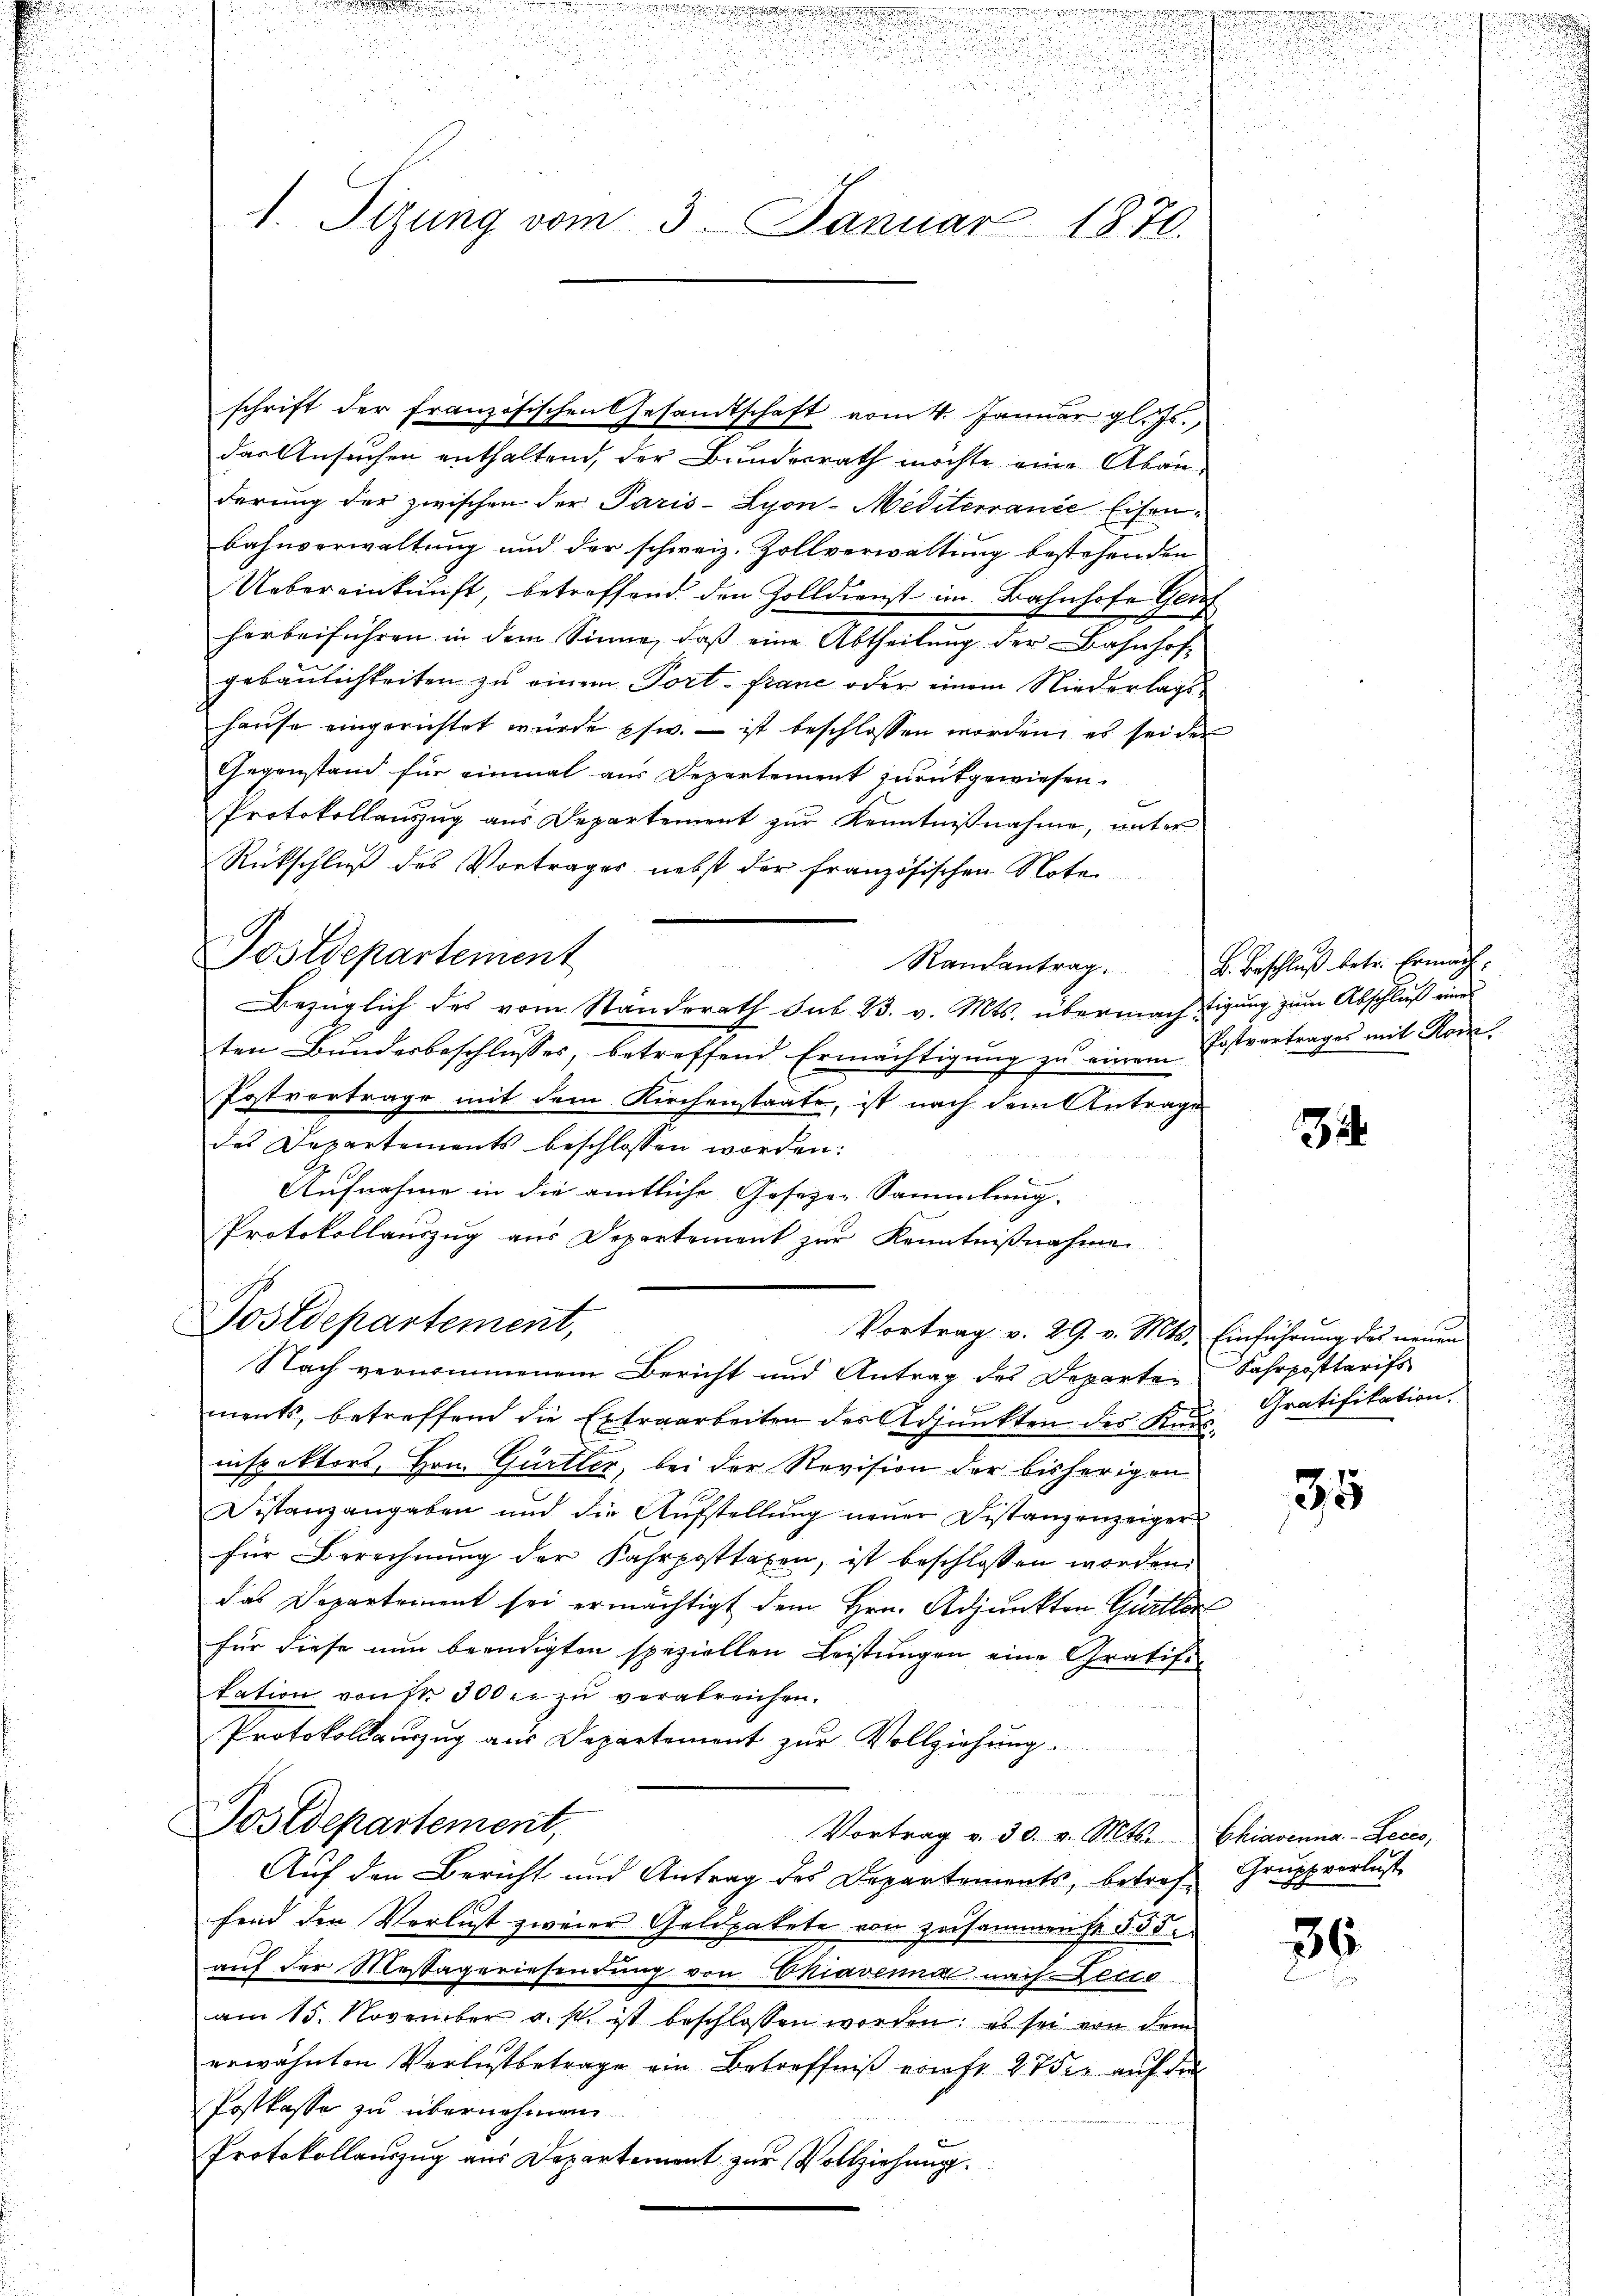
2
i
1. Tizung vom 3. Januar 1870.

das Ansuchen enthaltend, der Bundesrath möchte eine Abänderung der zwischen der Paris - Lyon-Mediterranze Eisenbahnverwaltung und der schweiz. Zollverwaltung bestehenden
Uebereinkunft, betreffend den Zolldienst im Bahnhofe Glu
herbeiführen in dem Sinne, daβ eine Abtheilŭng der Bahnhof-
gebaulichkeiten zu einem Port- franz oder einem Niederlagshause eingerichtet würde pfw. – ist beschlossen worden, es sei der
Gegenstand für einmal aus Departement zurükgewiesen.
Protokollanzug aus Departement zur Kenntnißnahme, unter
Rückschluß des Vortrages nebst der französischen Note
Postdepartement
Bezüglich des vom Ständerath sub 23. v. Mts. übermächtigung zum Abschluß einer
ten Bunderbeschlusses, betreffend Ermächtigung zu einem Erstvertrages mit Rom
Postvertrage mit dem Kirchenstaate, ist nach dem Antrage
des Departements beschlossen worden:
Aufnahme in die amtliche Gesezen Sammlung.
Protokollauszug aus Departement zŭr Kenntniβnahme
Postdepartement,
Vortrag v. 29. v. Mts. Einführung des neuen
Nach vernommenem Bericht und Antrag des Departements, betreffend die Extraarbeiten der Adjunkten des Kausinspektors, Hrn. Gürtler, bei der Revision der bisherigen
Distanzangaben und die Aufstellung neuer Distanzenzeiger
für Berechnung der Fahrposttaxen, ist beschlossen worden.
das Departement sei ermächtigt dem Hrn. Adjunkten Gritter
für diese nun beendigten speziellen Leistungen eine Gratife
tation von Nr. 300 er zu verabreichen.
Protokollauszug aus Departement zur Vollziehung.
Postdepartement,
Vortrag v. 30. v. Mts. Chiavenna-Leces,
Auf den Bericht und Antrag des Departements, betref Gruppverlust
fend den Verlust zweier Geldpakete von zusammense § 55.
auf der Massageriesendung von Ekiavenna nach Lecto
am 15. November a. s. ist beschlossen worden; es sei von dem
erwähnten Verlustbetrage ein Betreffniß vortr. 275. auf der
Postkasse zu übernehmen
22
Protokollauszug aus Departement zur Vollziehung.

schrift der französischen Gesamtschaft vom 4. Januar gl. Js.,

.

u
s

Randantrag. B. Beschluß betr. Ermäch

3

Jahrposttarifs
Gratifikation.

35

36